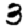
Digit: 3